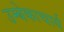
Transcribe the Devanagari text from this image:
उम्बेकाचार्य